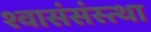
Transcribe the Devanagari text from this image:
श्वासंसंस्त्था